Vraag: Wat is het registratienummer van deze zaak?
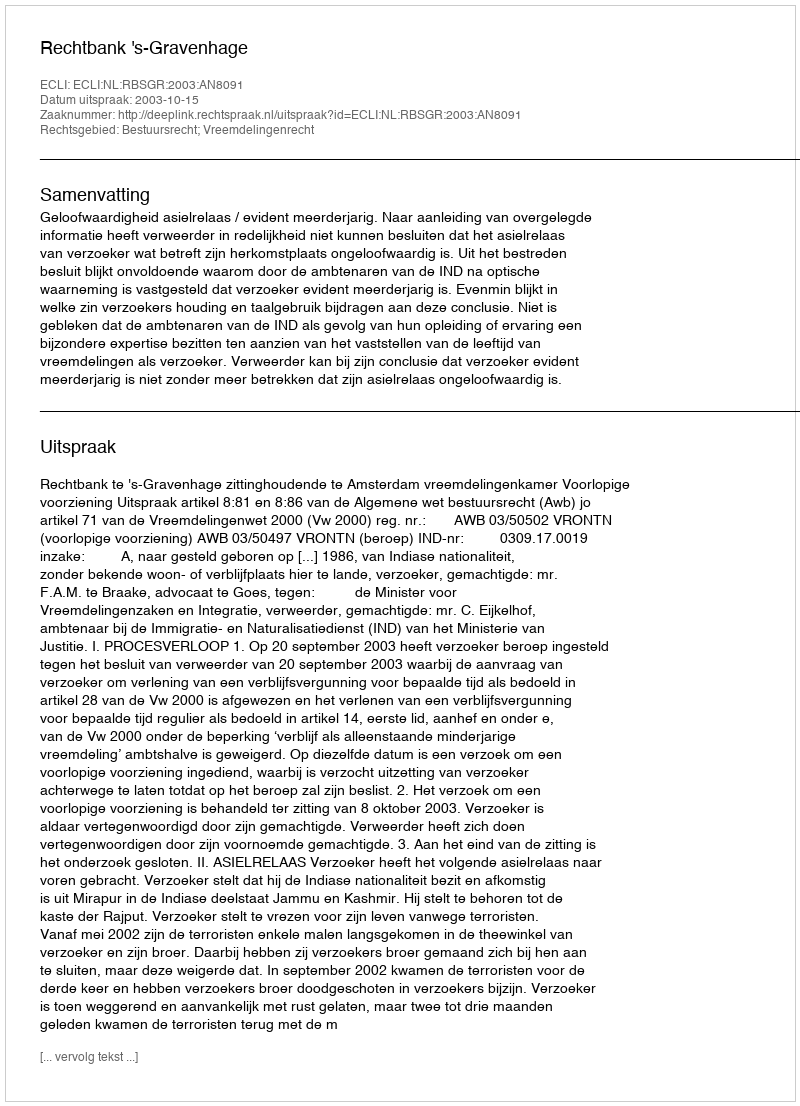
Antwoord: http://deeplink.rechtspraak.nl/uitspraak?id=ECLI:NL:RBSGR:2003:AN8091